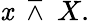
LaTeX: \mathit{x}\ \barwedge\ X.